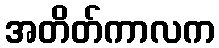
အတိတ်ကာလက